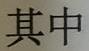
其中